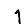
Digit: 1